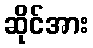
ဆိုင်အား